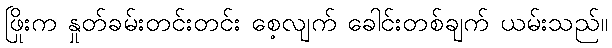
ဖြိုးက နှုတ်ခမ်းတင်းတင်း စေ့လျက် ခေါင်းတစ်ချက် ယမ်းသည်။